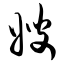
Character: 嫂